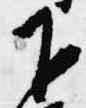
下